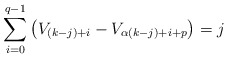
\begin{align*}\sum_{i=0}^{q-1} \left(V_{(k-j)+i}-V_{\alpha{(k-j)+i+p}} \right) = j\end{align*}